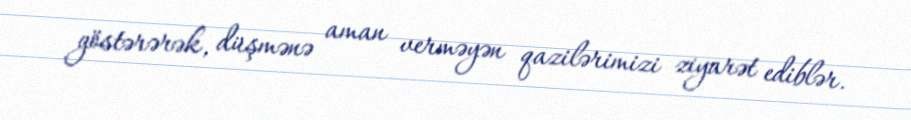
göstərərək, düşmənə aman verməyən qazilərimizi ziyarət ediblər.